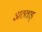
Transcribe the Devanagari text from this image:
अठवाड्